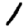
Digit: 1